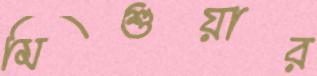
মিশুয়ার